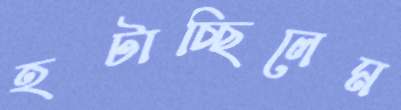
হটাচ্ছিলেম